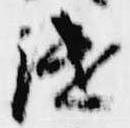
継